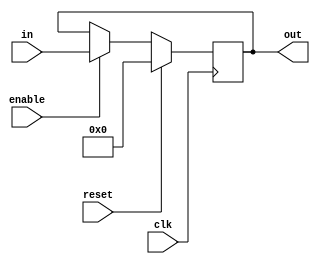
`define SIMULATION_MEMORY

module shift_register_unit_18_1 (
	input clk,
	input reset,
	input enable,
	input [17:0] in,
	output [17:0] out
);

reg [17:0] shift_registers_0;
always @ (posedge clk) begin
	if (reset) begin
		shift_registers_0 <= 18'd0;
	end else if (enable) begin
		shift_registers_0 <= in;
	end
end

assign out = shift_registers_0;

endmodule